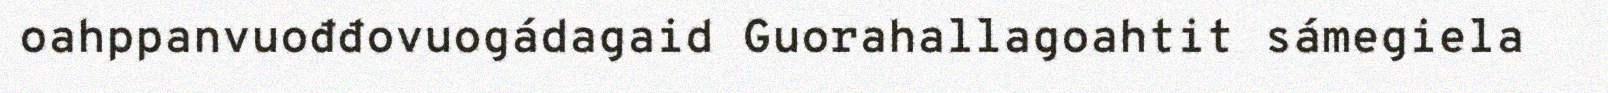
oahppanvuođđovuogádagaid Guorahallagoahtit sámegiela